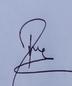
Signature authenticity: genuine